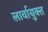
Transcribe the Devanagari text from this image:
लार्वायुक्त